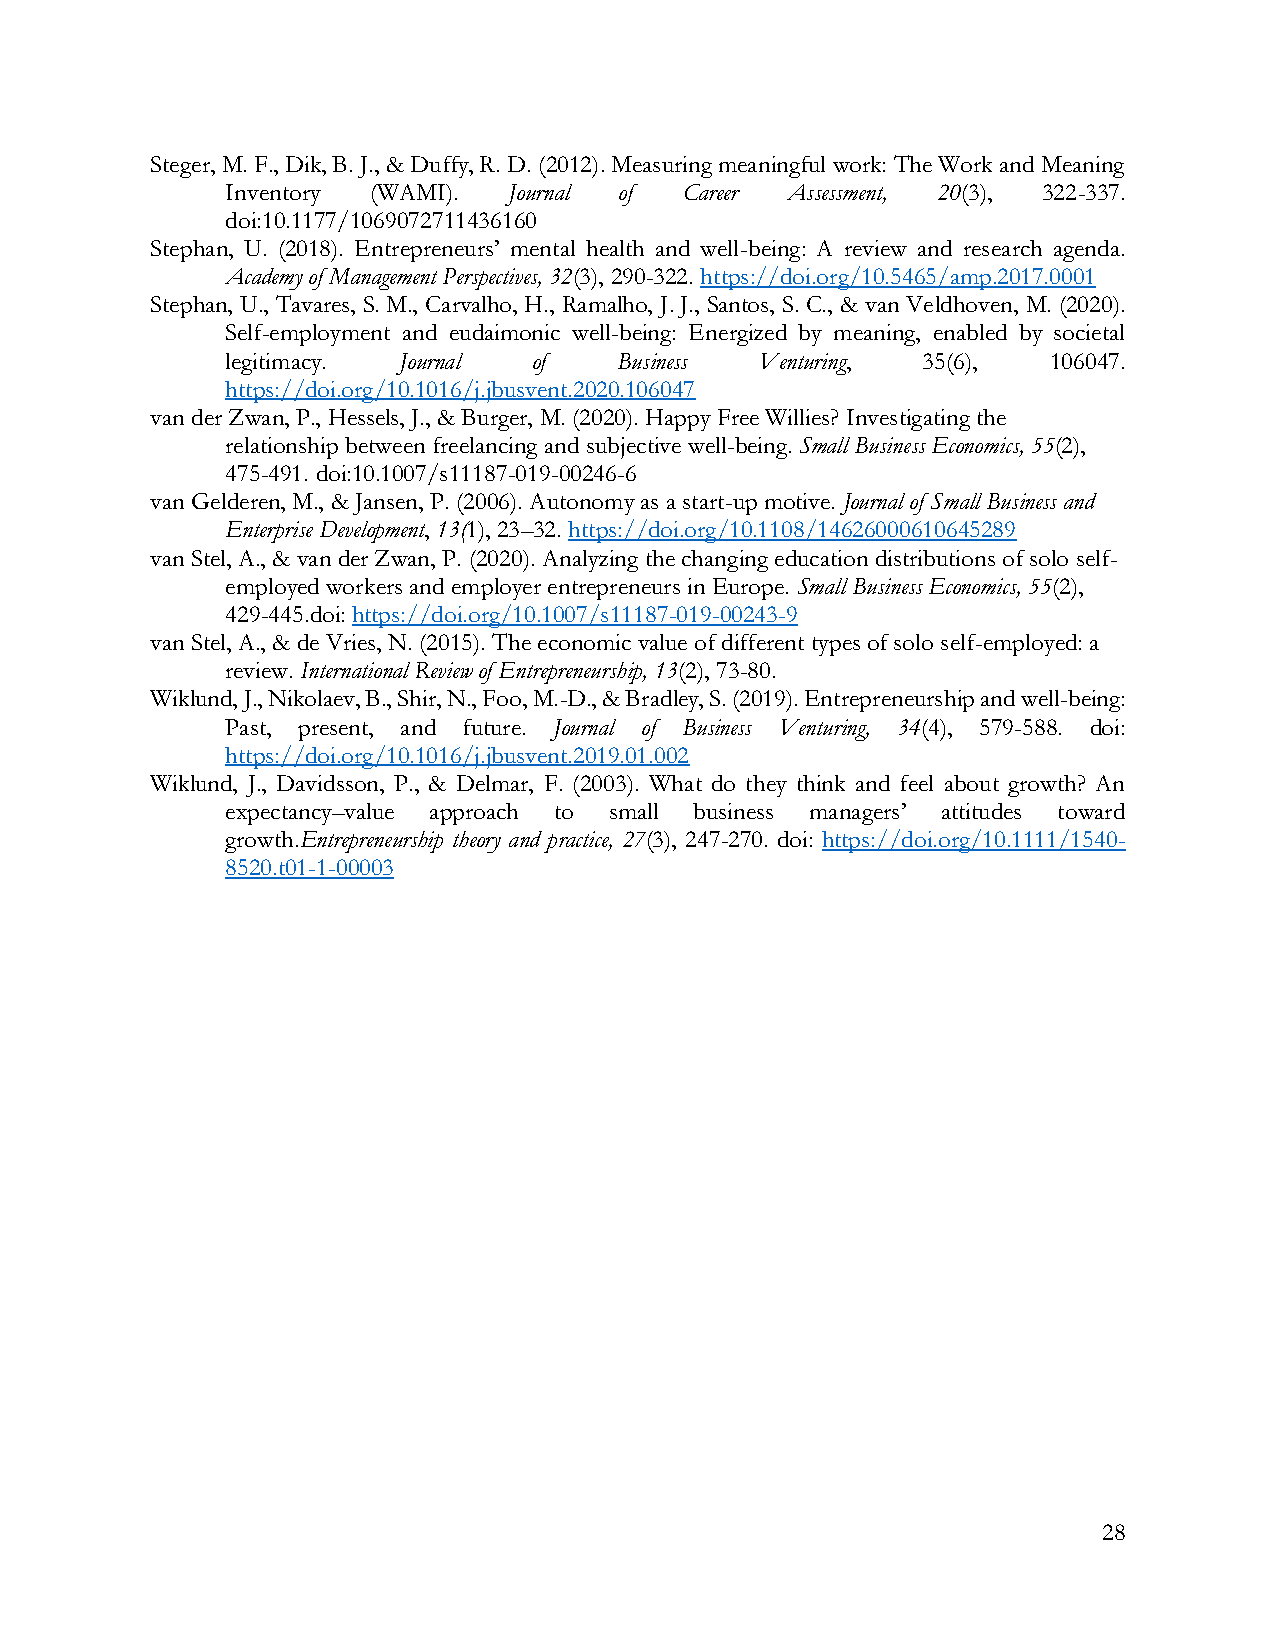
Steger, M. F., Dik, B. J., & Duffy, R. D. (2012). Measuring meaningful work: The Work and Meaning
 Inventory (WAMI).  Journal of Career Assessment, 20(3), 322-337.
 doi:10.1177/1069072711436160
 Stephan, U. (2018). Entrepreneurs’ mental health and well-being: A review and research agenda.
 Academy of Management Perspectives, 32(3), 290-322. https://doi.org/10.5465/amp.2017.0001
 Stephan, U., Tavares, S. M., Carvalho, H., Ramalho, J. J., Santos, S. C., & van Veldhoven, M. (2020).
 Self-employment and eudaimonic well-being: Energized by meaning, enabled by societal
 legitimacy. Journal of    Business Venturing, 35(6),  106047.
 https://doi.org/10.1016/j.jbusvent.2020.106047
 van der Zwan, P., Hessels, J., & Burger, M. (2020). Happy Free Willies? Investigating the
 relationship between freelancing and subjective well-being. Small Business Economics, 55(2),
 475-491. doi:10.1007/s11187-019-00246-6
 van Gelderen, M., & Jansen, P. (2006). Autonomy as a start-up motive. Journal of Small Business and
 Enterprise Development, 13(1), 23–32. https://doi.org/10.1108/14626000610645289
 van Stel, A., & van der Zwan, P. (2020). Analyzing the changing education distributions of solo self-
 employed workers and employer entrepreneurs in Europe. Small Business Economics, 55(2),
 429-445.doi: https://doi.org/10.1007/s11187-019-00243-9
 van Stel, A., & de Vries, N. (2015). The economic value of different types of solo self-employed: a
 review. International Review of Entrepreneurship, 13(2), 73-80.
 Wiklund, J., Nikolaev, B., Shir, N., Foo, M.-D., & Bradley, S. (2019). Entrepreneurship and well-being:
 Past, present, and future. Journal of Business Venturing, 34(4), 579-588. doi:
 https://doi.org/10.1016/j.jbusvent.2019.01.002
 Wiklund, J., Davidsson, P., & Delmar, F. (2003). What do they think and feel about growth? An
 expectancy–value approach to small business managers’ attitudes toward
 growth.Entrepreneurship theory and practice, 27(3), 247-270. doi: https://doi.org/10.1111/1540-
 8520.t01-1-00003
 28